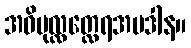
အဓိပုလ္လတ္လေရအပဒါန။